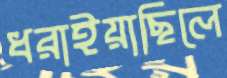
ধরাইয়াছিলে